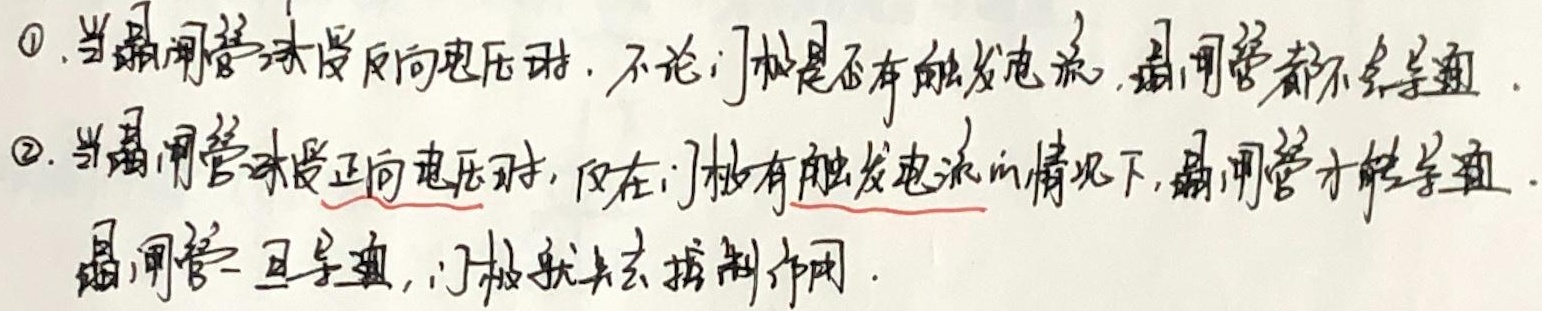
\textcircled{1}. 当晶闸管承受反向电压时，不论门极是否有触发电流，晶闸管都不会导通。
\textcircled{2}. 当晶闸管承受正向电压时，仅在门极有触发电流的情况下，晶闸管才能导通。晶闸管一旦导通，门极就失去控制作用。